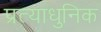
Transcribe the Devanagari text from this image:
प्रत्याधुनिक